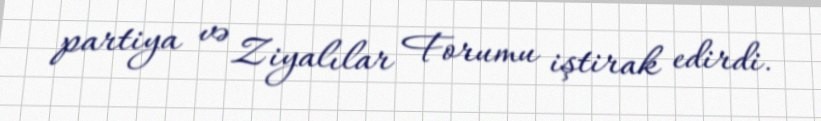
partiya və Ziyalılar Forumu iştirak edirdi.